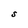
Character: s